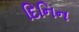
દિનિન